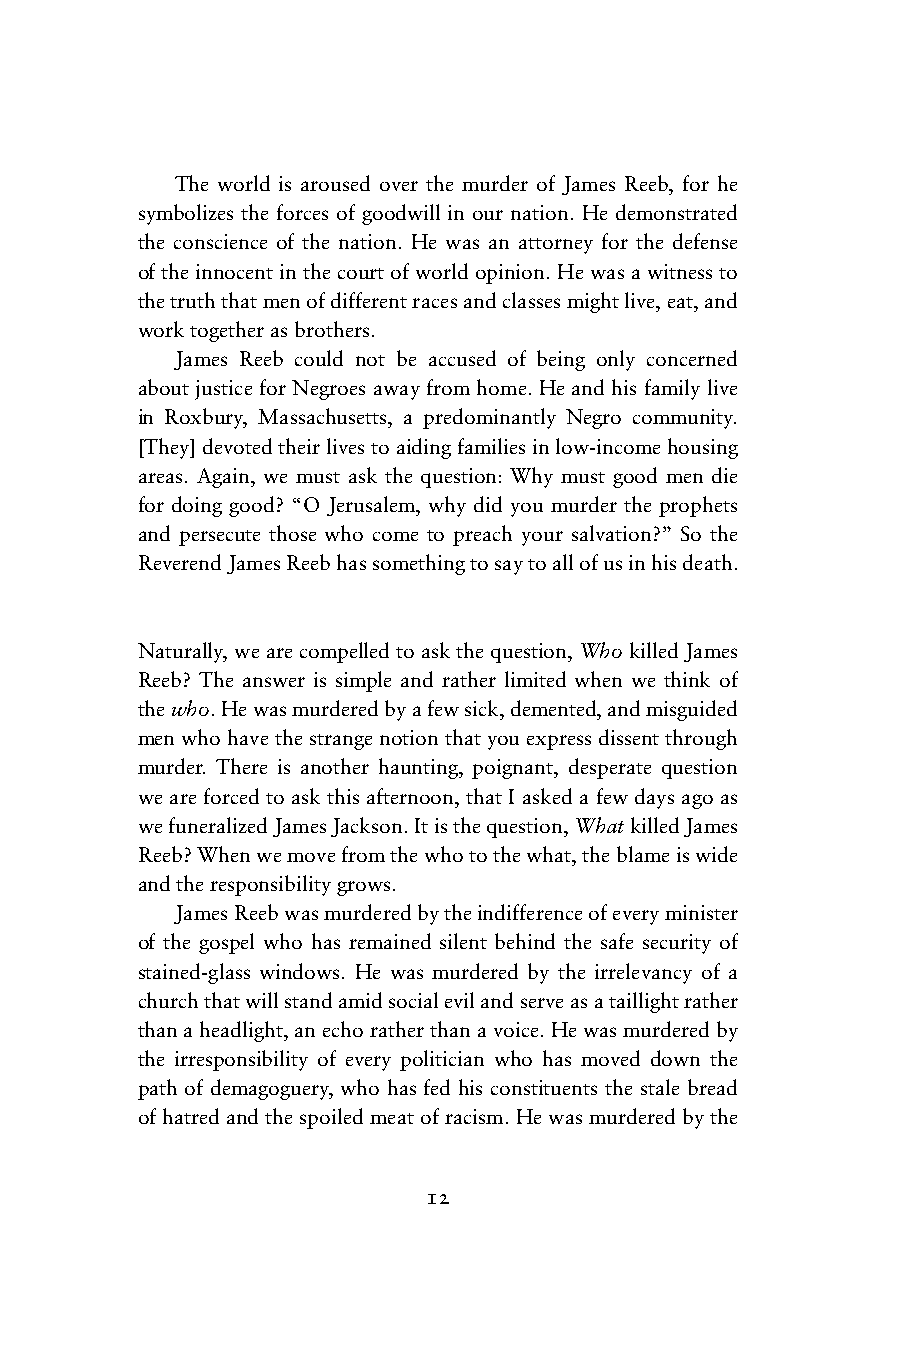
The world is aroused over the murder of James Reeb, for he
 symbolizes the forces of goodwill in our nation. He demonstrated
 the conscience of the nation. He was an attorney for the defense
 of the innocent in the court of world opinion. He was a witness to
 the truth that men of different races and classes might live, eat, and
 work together as brothers.
 James Reeb could not be accused of being only concerned
 about justice for Negroes away from home. He and his family live
 in Roxbury, Massachusetts, a predominantly Negro community.
 [They] devoted their lives to aiding families in low-income housing
 areas. Again, we must ask the question: Why must good men die
 for doing good? “O Jerusalem, why did you murder the prophets
 and persecute those who come to preach your salvation?” So the
 Reverend James Reeb has something to say to all of us in his death.
 Naturally, we are compelled to ask the question, Who killed James
 Reeb? The answer is simple and rather limited when we think of
 the who. He was murdered by a few sick, demented, and misguided
 men who have the strange notion that you express dissent through
 murder. There is another haunting, poignant, desperate question
 we are forced to ask this afternoon, that I asked a few days ago as
 we funeralized James Jackson. It is the question, What killed James
 Reeb? When we move from the who to the what, the blame is wide
 and the responsibility grows.
 James Reeb was murdered by the indifference of every minister
 of the gospel who has remained silent behind the safe security of
 stained-glass windows. He was murdered by the irrelevancy of a
 church that will stand amid social evil and serve as a taillight rather
 than a headlight, an echo rather than a voice. He was murdered by
 the irresponsibility of every politician who has moved down the
 path of demagoguery, who has fed his constituents the stale bread
 of hatred and the spoiled meat of racism. He was murdered by the
 12